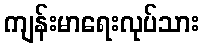
ကျန်းမာရေးလုပ်သား